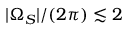
| \Omega _ { S } | / ( 2 \pi ) \lesssim 2